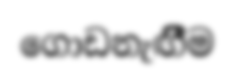
ගොඩනැඟීීම